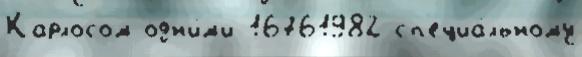
Карлосом одн'и́м'и 16761982 сп'ециа́льному